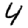
Digit: 4